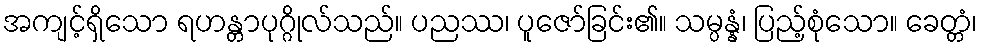
အကျင့်ရှိသော ရဟန္တာပုဂ္ဂိုလ်သည်။ ပညဿ၊ ပူဇော်ခြင်း၏။ သမ္ပန္နံ၊ ပြည့်စုံသော။ ခေတ္တံ၊